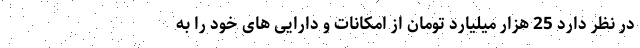
در نظر دارد 25 هزار میلیارد تومان از امکانات و دارایی های خود را به